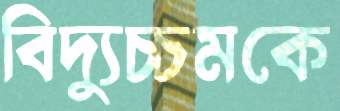
বিদ্যুচ্চমকে